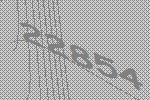
22854